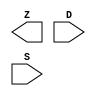
module sky130_fd_sc_hdll__muxb16to1 (
    Z,
    D,
    S
);

    output        Z;
    input  [15:0] D;
    input  [15:0] S;

    // Voltage supply signals
    supply1 VPWR;
    supply0 VGND;
    supply1 VPB ;
    supply0 VNB ;

endmodule